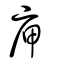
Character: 庘